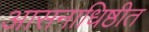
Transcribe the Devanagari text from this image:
आसनाधिष्ठीत